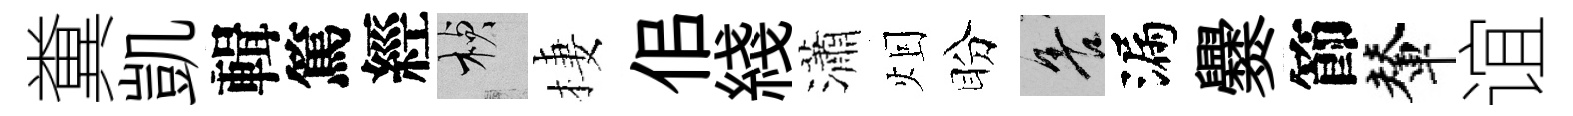
糞凱輯篤經楨棲佀綫瀟𤇆盼善漏爨節輦谊